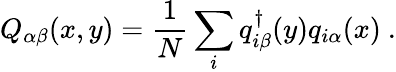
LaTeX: Q_{\alpha\beta}(x,y)=\frac{1}{N}\sum_{i}q_{i\beta}^{\dagger}(y)q_{i\alpha}(x)\ .